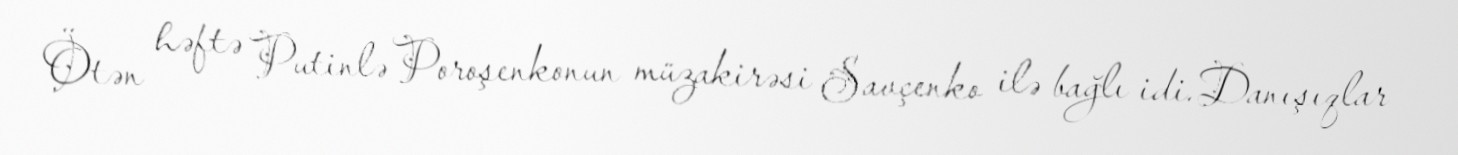
Ötən həftə Putinlə Poroşenkonun müzakirəsi Savçenko ilə bağlı idi. Danışıqlar